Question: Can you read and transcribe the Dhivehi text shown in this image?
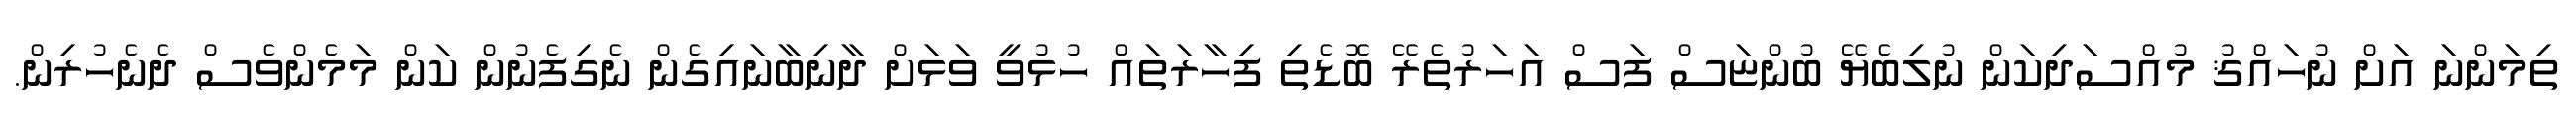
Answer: ތިމަންނަ އަށް ނުހައްޤު މުއްސަދިކަން ނުލިބެޔޭ ބުންޏަސް ފަސް އަހަރުތެރޭ ބޮޑެތި ފިހާރަތައް ހުޅުވީ ވަޅަށް ދާނިބާނައިގެން ނެގިފެނުން ކަން މަމެންވެސް ދެނެހުރިން.